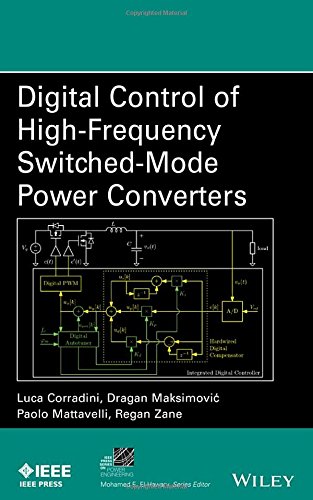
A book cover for Digital Control of High-Frequency Switched-Mode Power Converters (IEEE Press Series on Power Engineering); Luca Corradini; Engineering & Transportation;